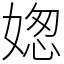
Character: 𡟟